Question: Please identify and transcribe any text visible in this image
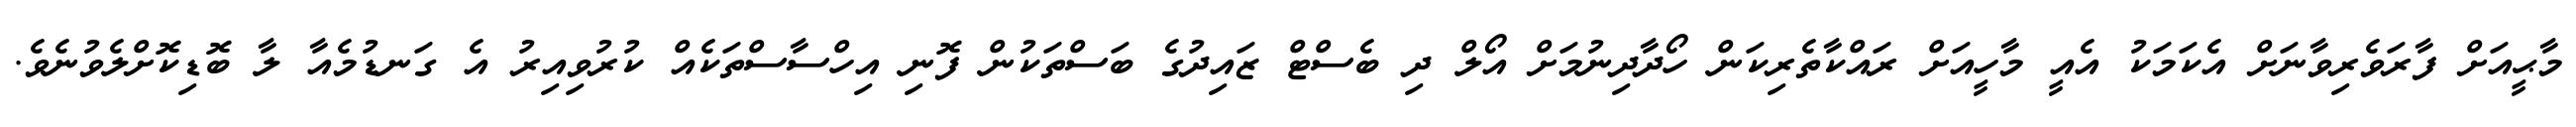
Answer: މާޙީއަށް ފާރަވެރިވާނަށް އެކަމަކު އެއީ މާހީއަށް ރައްކާތެރިކަން ހޯދާދިނުމަށް އޯލް ދި ބެސްޓް ޒައިދުގެ ބަސްތަކުން ފޮނި އިހްސާސްތަކެއް ކުރުވިއިރު އެ ގަނޑުމެއާ ލާ ބޮޑިކޮށްލެވުނެވެ.